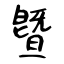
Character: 曁